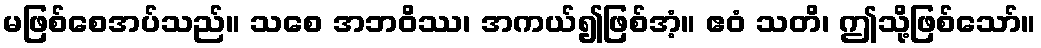
မဖြစ်စေအပ်သည်။ သစေ အဘဝိဿ၊ အကယ်၍ဖြစ်အံ့။ ဧဝံ သတိ၊ ဤသို့ဖြစ်သော်။